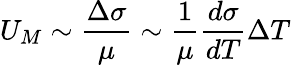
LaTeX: U_{M}\sim{\frac{\Delta\sigma}{\mu}}\sim{\frac{1}{\mu}}{\frac{d\sigma}{dT}}\Delta T